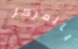
بالمركز